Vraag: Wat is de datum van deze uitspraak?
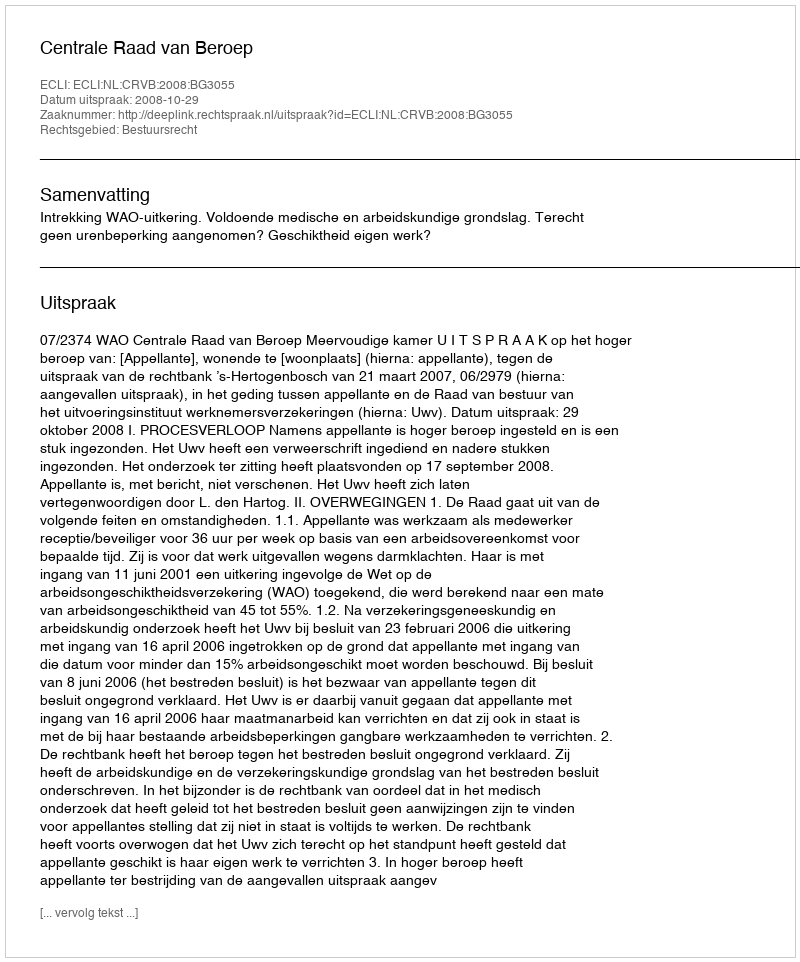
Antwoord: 2008-10-29